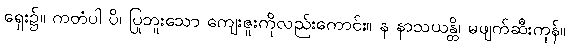
ရှေး၌။ ကတံပါ ပိ၊ ပြုဘူးသော ကျေးဇူးကိုလည်းကောင်း။ န နာသယန္တိ၊ မဖျက်ဆီးကုန်။